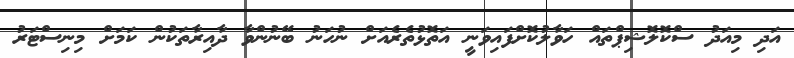
އަދި މިއަދު ސްކޮލޮޝިޕްތައް ހަވާލުކޮށްފައިވަނީ އަތޮޅުތެރެއަށް ނުހަނު ބޭނުންވާ ދާއިރާތަކުން ކަމަށް މިނިސްޓަރު